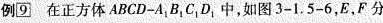
例⑨在正方体ABCD-A1B1C，D中，如图3-1.5-6，E，F分